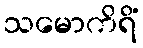
သမောကိရိံ